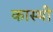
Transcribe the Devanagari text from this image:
कास्थी